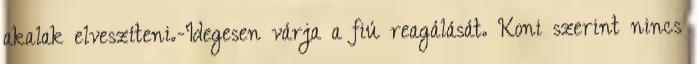
akalak elveszíteni.-Idegesen várja a fiú reagálását. Koni szerint nincs